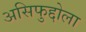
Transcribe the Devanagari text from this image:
असिफुद्दोला